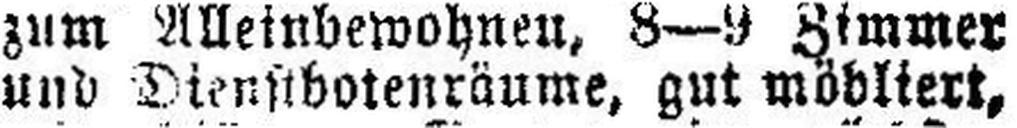
und Dienstbotenräume, gut möbliert,